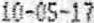
10-05-17